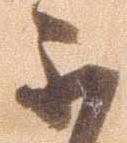
不